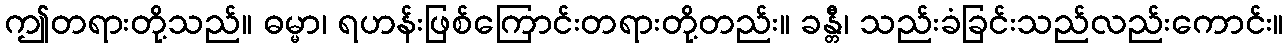
ဤတရားတို့သည်။ ဓမ္မာ၊ ရဟန်းဖြစ်ကြောင်းတရားတို့တည်း။ ခန္တီ၊ သည်းခံခြင်းသည်လည်းကောင်း။